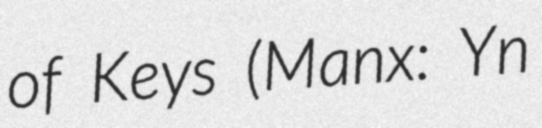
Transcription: of Keys (Manx: Yn